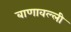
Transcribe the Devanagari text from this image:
बाणावल्ली